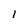
Character: 1